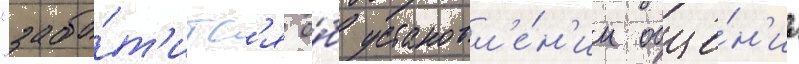
"забо́т'итс'я о́б установл'е́н'ии обще́н'иа